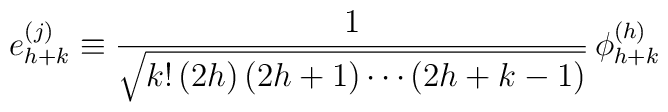
e_{h+k}^{(j)} \equiv {1\over \sqrt {k! \, (2h)\,(2h +        1)\cdots(2h+k-1)}}                \,\phi_{h + k}^{(h)}